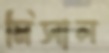
মিসাল